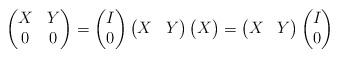
LaTeX: \begin{align*}\begin{pmatrix} X&Y\\0&0\end{pmatrix}=\begin{pmatrix} I\\0\end{pmatrix}\begin{pmatrix} X&Y\end{pmatrix} \begin{pmatrix} X\end{pmatrix}=\begin{pmatrix} X&Y\end{pmatrix}\begin{pmatrix} I\\0\end{pmatrix}\end{align*}